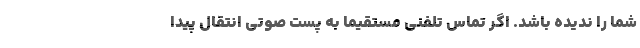
شما را ندیده باشد. اگر تماس تلفنی مستقیماً به پست صوتی انتقال پیدا